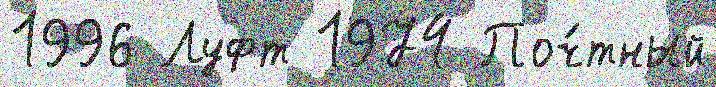
1996 Луфт 1974 Поч́тный